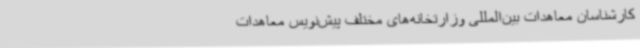
کارشناسان معاهدات بین‌المللی وزارتخانه‌های مختلف پیش‌نویس معاهدات